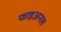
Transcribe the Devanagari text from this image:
फाइअनल